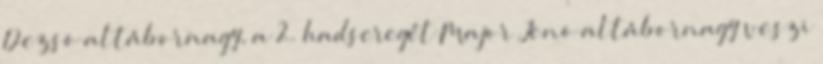
Dezsõ altábornagy, a 2. hadseregét Major Jenõ altábornagy veszi